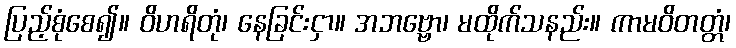
ပြည့်စုံစေ၍။ ဝိဟရိတုံ၊ နေခြင်းငှာ။ အဘဗ္ဗော၊ မထိုက်သနည်း။ ကာမဝိတတ္တံ၊